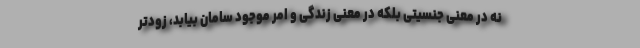
نه در معنی جنسیتی بلکه در معنی زندگی و امر موجود سامان بیابد، زودتر